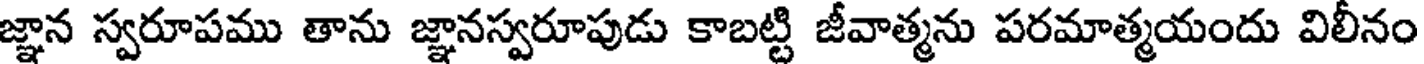
జ్ఞాన స్వరూపము తాను జ్ఞానస్వరూపుడు కాబట్టి జీవాత్మను పరమాత్మయందు విలీనం